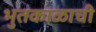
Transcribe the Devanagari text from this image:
भुतकाळाची